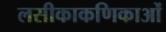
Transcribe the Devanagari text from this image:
लसीकाकणिकाओं